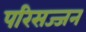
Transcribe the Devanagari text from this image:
परिसज्जन